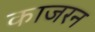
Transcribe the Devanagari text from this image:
काजरन